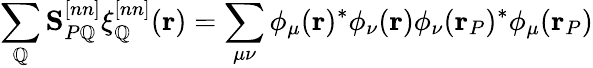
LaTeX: \sum_{\mathbb{Q}}\mathbf{S}_{P\mathbb{Q}}^{[nn]}\xi_{\mathbb{Q}}^{[nn]}(\mathbf{{r}})=\sum_{\mu\nu}\phi_{\mu}(\mathbf{{r}})^{*}\phi_{\nu}(\mathbf{{r}})\phi_{\nu}(\mathbf{{r}}_{P})^{*}\phi_{\mu}(\mathbf{{r}}_{P})